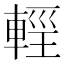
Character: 𨌷